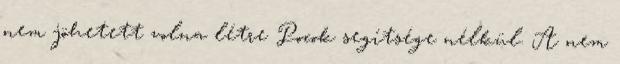
nem jöhetett volna létre Pocok segítsége nélkül. A nem